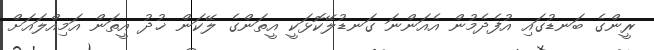
ރީންގެ ބަނޑުގައި އުފެދެމުން އެއަންނަ ގަނޑުލޭކޮޅަކީ އީތަންގެ ލޭކަން ޚުދު އީތަން އަމިއްލައަށް